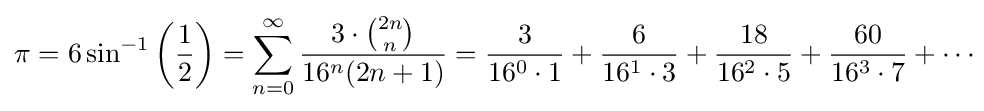
\pi =6\sin ^{-1}\left({\frac {1}{2}}\right)=\sum _{n=0}^{\infty }{\frac {3\cdot {\binom {2n}{n}}}{16^{n}(2n+1)}}={\frac {3}{16^{0}\cdot 1}}+{\frac {6}{16^{1}\cdot 3}}+{\frac {18}{16^{2}\cdot 5}}+{\frac {60}{16^{3}\cdot 7}}+\cdots \!